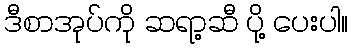
ဒီစာအုပ်ကို ဆရာ့ဆီ ပို့ ပေးပါ။